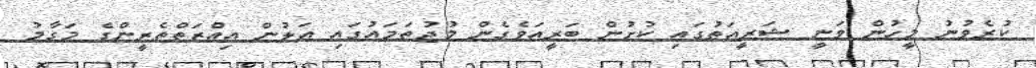
ކުރެވުނު މީހުން ވަނީ ޝަރީއަތުގައި ކުށުން ބަރީއަވެގެން މުޖުތަމައުގައި އަލުން އިއްޒަތްތެރީންގެ މަގާމު